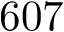
6 0 7